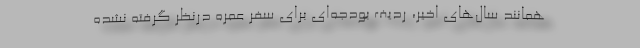
همانند سال‌های اخیر، ردیف بودجه‌ای برای سفر عمره درنظر گرفته نشده